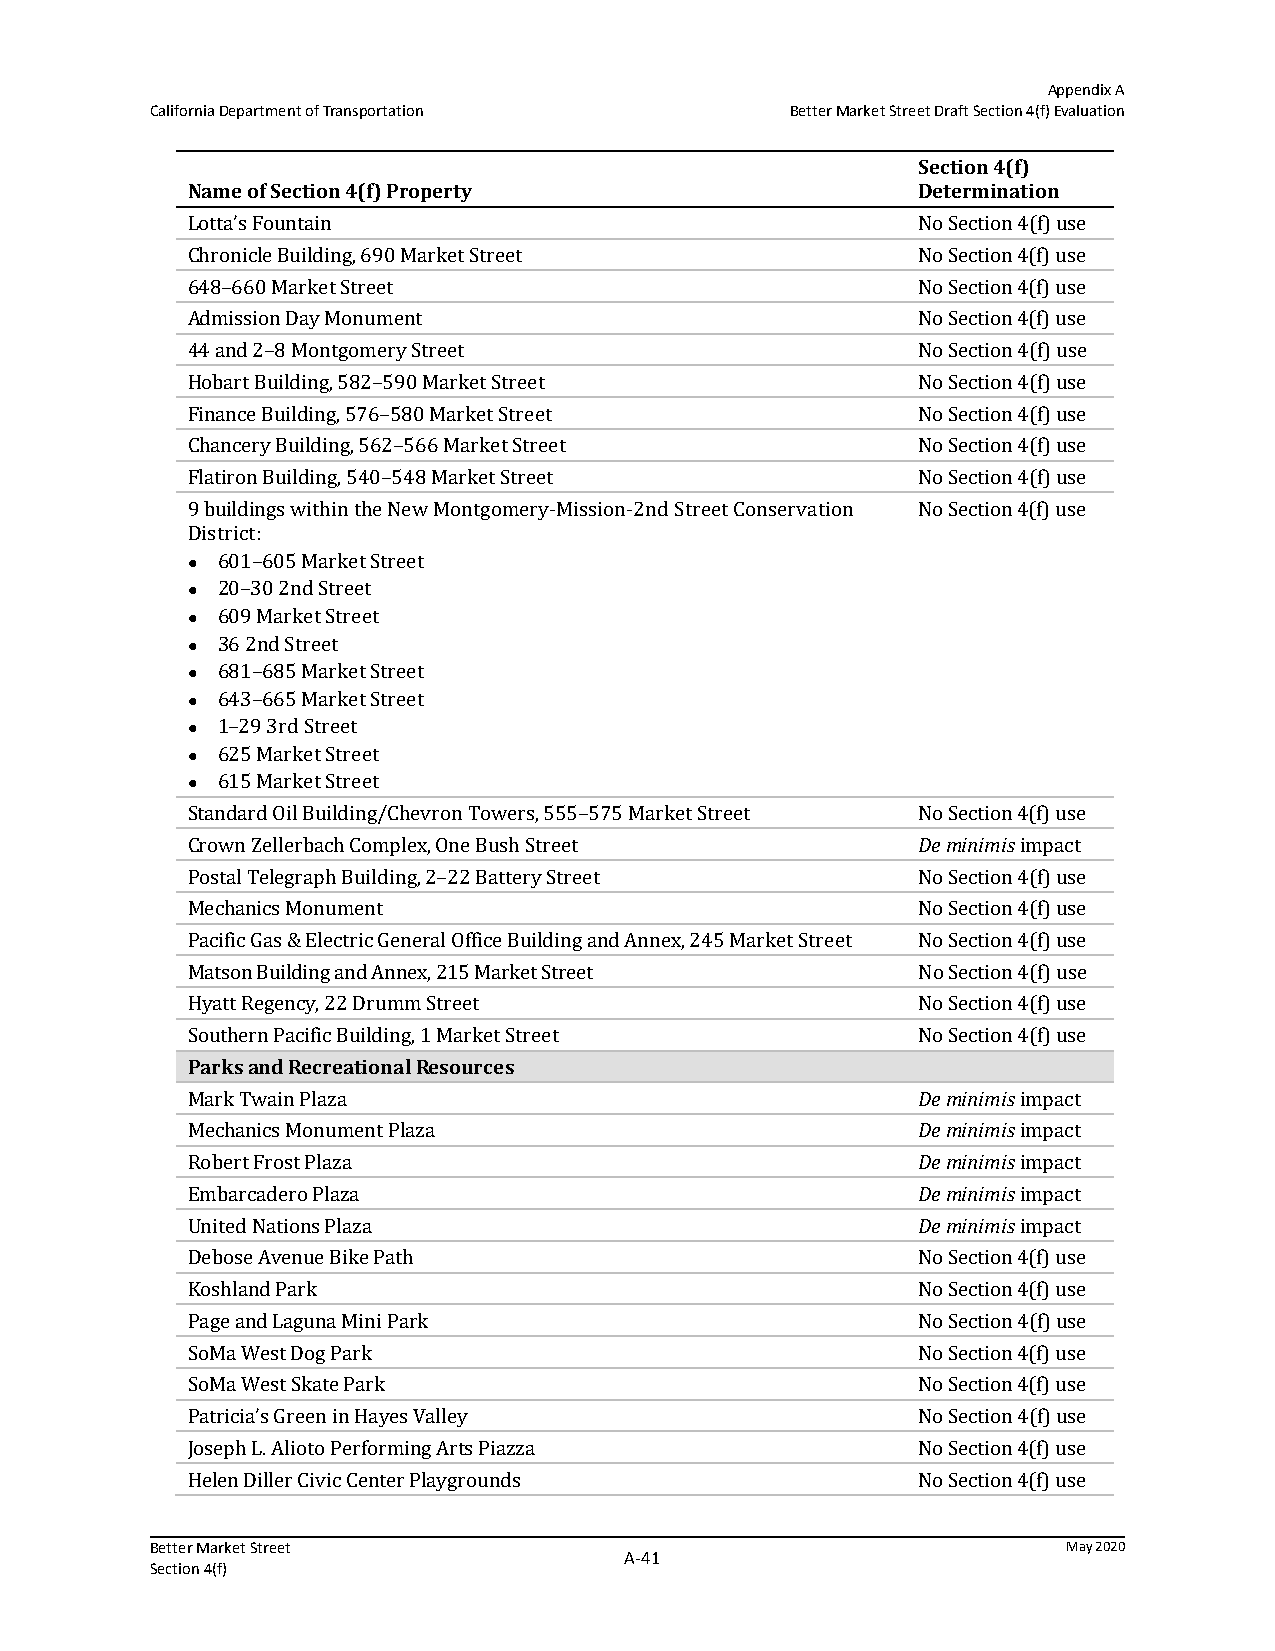
Appendix A
 California Department of Transportation   Better Market Street Draft Section 4(f) Evaluation
 Section 4(f)
 Name of Section 4(f) Property                    Determination
 Lotta’s Fountain                                 No Section 4(f) use
 Chronicle Building, 690 Market Street            No Section 4(f) use
 648–660 Market Street                            No Section 4(f) use
 Admission Day Monument                           No Section 4(f) use
 44 and 2–8 Montgomery Street                     No Section 4(f) use
 Hobart Building, 582–590 Market Street           No Section 4(f) use
 Finance Building, 576–580 Market Street          No Section 4(f) use
 Chancery Building, 562–566 Market Street         No Section 4(f) use
 Flatiron Building, 540–548 Market Street         No Section 4(f) use
 9 buildings within the New Montgomery-Mission-2nd Street Conservation No Section 4(f) use
 District:
 601–605 Market Street
 
 20–30 2nd Street
 
 609 Market Street
 
 36 2nd Street
 
 681–685 Market Street
 
 643–665 Market Street
 
 1–29 3rd Street
 
 625 Market Street
 
 615 Market Street
 
 Standard Oil Building/Chevron Towers, 555–575 Market Street No Section 4(f) use
 Crown Zellerbach Complex, One Bush Street        De minimis impact
 Postal Telegraph Building, 2–22 Battery Street   No Section 4(f) use
 Mechanics Monument                               No Section 4(f) use
 Pacific Gas & Electric General Office Building and Annex, 245 Market Street No Section 4(f) use
 Matson Building and Annex, 215 Market Street     No Section 4(f) use
 Hyatt Regency, 22 Drumm Street                   No Section 4(f) use
 Southern Pacific Building, 1 Market Street       No Section 4(f) use
 Parks and Recreational Resources
 Mark Twain Plaza                                 De minimis impact
 Mechanics Monument Plaza                         De minimis impact
 Robert Frost Plaza                               De minimis impact
 Embarcadero Plaza                                De minimis impact
 United Nations Plaza                             De minimis impact
 Debose Avenue Bike Path                          No Section 4(f) use
 Koshland Park                                    No Section 4(f) use
 Page and Laguna Mini Park                        No Section 4(f) use
 SoMa West Dog Park                               No Section 4(f) use
 SoMa West Skate Park                             No Section 4(f) use
 Patricia’s Green in Hayes Valley                 No Section 4(f) use
 Joseph L. Alioto Performing Arts Piazza          No Section 4(f) use
 Helen Diller Civic Center Playgrounds            No Section 4(f) use
 Better Market Street                                         May 2020
 A‐41
 Section 4(f)